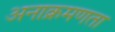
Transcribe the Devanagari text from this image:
अनाक्रमणता